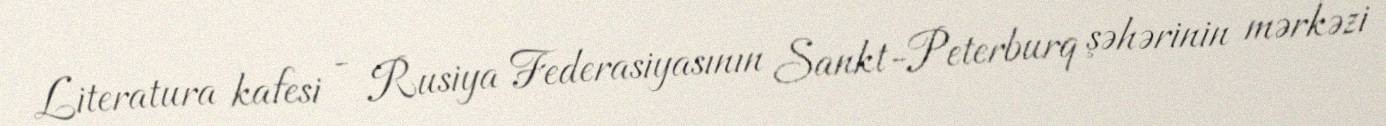
Literatura kafesi - Rusiya Federasiyasının Sankt-Peterburq şəhərinin mərkəzi